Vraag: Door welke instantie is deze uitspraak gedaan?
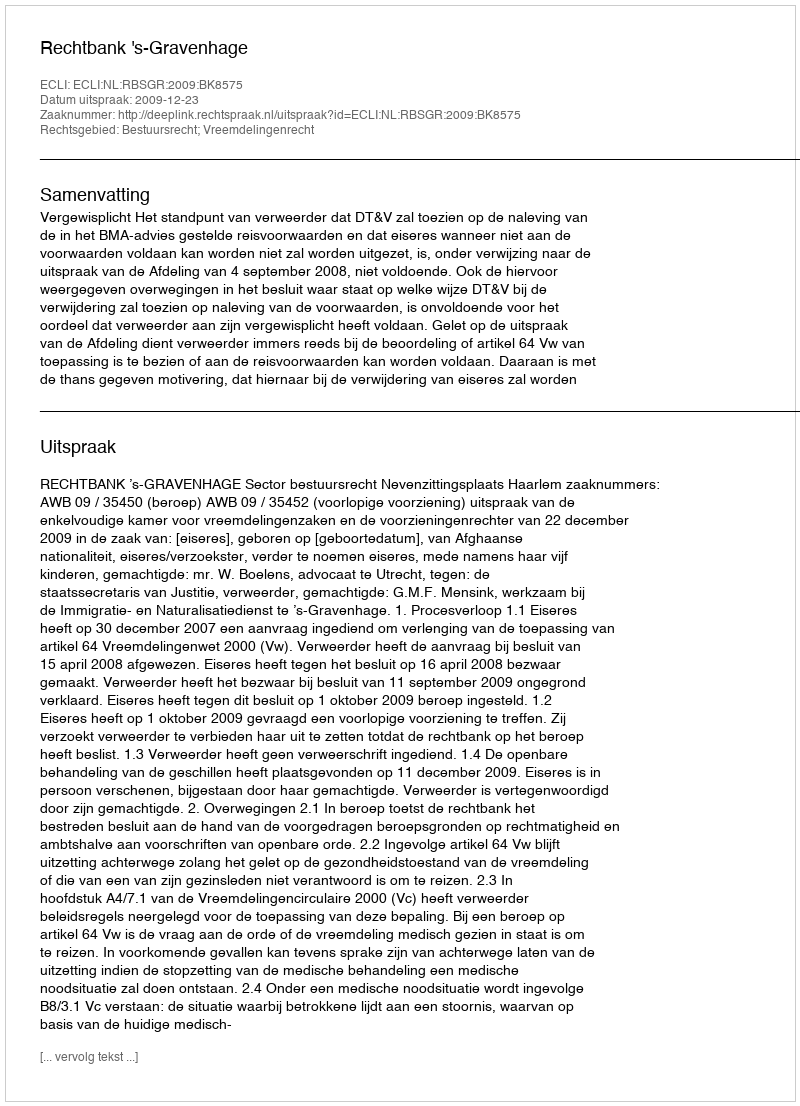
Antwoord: Rechtbank 's-Gravenhage